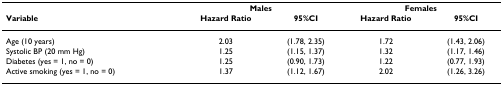
<table><thead><tr><td></td><td colspan="2"><b>Males</b></td><td colspan="2"><b>Females</b></td></tr><tr><td><b>Variable</b></td><td><b>Hazard Ratio</b></td><td><b>95%CI</b></td><td><b>Hazard Ratio</b></td><td><b>95%CI</b></td></tr></thead><tbody><tr><td>Age (10 years)</td><td>2.03</td><td>(1.78, 2.35)</td><td>1.72</td><td>(1.43, 2.06)</td></tr><tr><td>Systolic BP (20 mm Hg)</td><td>1.25</td><td>(1.15, 1.37)</td><td>1.32</td><td>(1.17, 1.46)</td></tr><tr><td>Diabetes (yes = 1, no = 0)</td><td>1.25</td><td>(0.90, 1.73)</td><td>1.22</td><td>(0.77, 1.93)</td></tr><tr><td>Active smoking (yes = 1, no = 0)</td><td>1.37</td><td>(1.12, 1.67)</td><td>2.02</td><td>(1.26, 3.26)</td></tr></tbody></table>